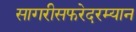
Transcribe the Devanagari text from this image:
सागरीसफरेदरम्यान